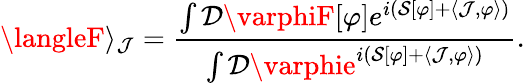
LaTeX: \langleF\rangle_{\mathcal{J}}={\frac{{\int{\mathcal{{D}}}\varphiF[\varphi]e^{i\left({\mathcal{{S}}}[\varphi]+\langle\mathcal{J},\varphi\rangle\right)}}}{{\int{\mathcal{{D}}}\varphie^{i\left({\mathcal{{S}}}[\varphi]+\langle\mathcal{J},\varphi\rangle\right)}}}}.